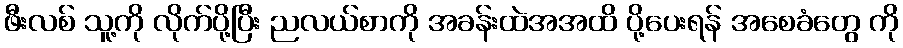
ဖီးလစ် သူ့ကို လိုက်ပို့ပြီး ညလယ်စာကို အခန်းထဲအအထိ ပို့ပေးရန် အစေခံတွေ ကို